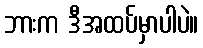
ဘားက ဒီအထပ်မှာပါပဲ။